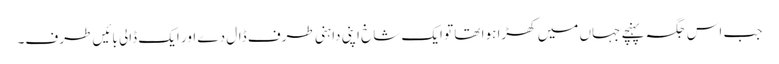
جب اس جگہ پہنچے جہاں میں کھڑا ہوا تھا تو ایک شاخ اپنی داہنی طرف ڈال دے اور ایک ڈالی بائیں طرف۔